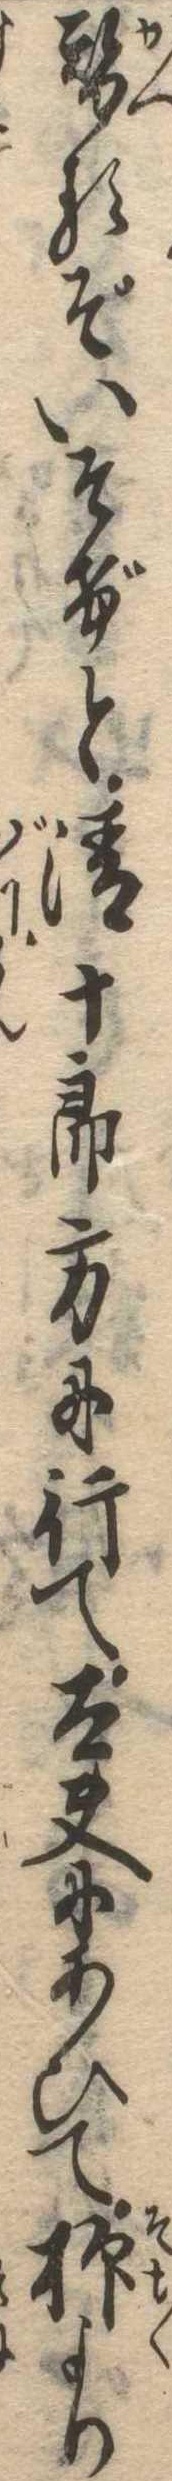
替るぞいそげと清十郎方に行て太夫にあひて抑より